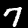
Label: 7